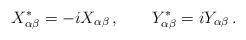
\begin{align*} X_{\alpha\beta}^{\ast}=-iX_{\alpha\beta}\,,\qquad Y_{\alpha\beta}^\ast= iY_{\alpha\beta}\,.\end{align*}